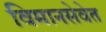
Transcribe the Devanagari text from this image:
विमानसेवेत